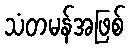
သံတမန်အဖြစ်